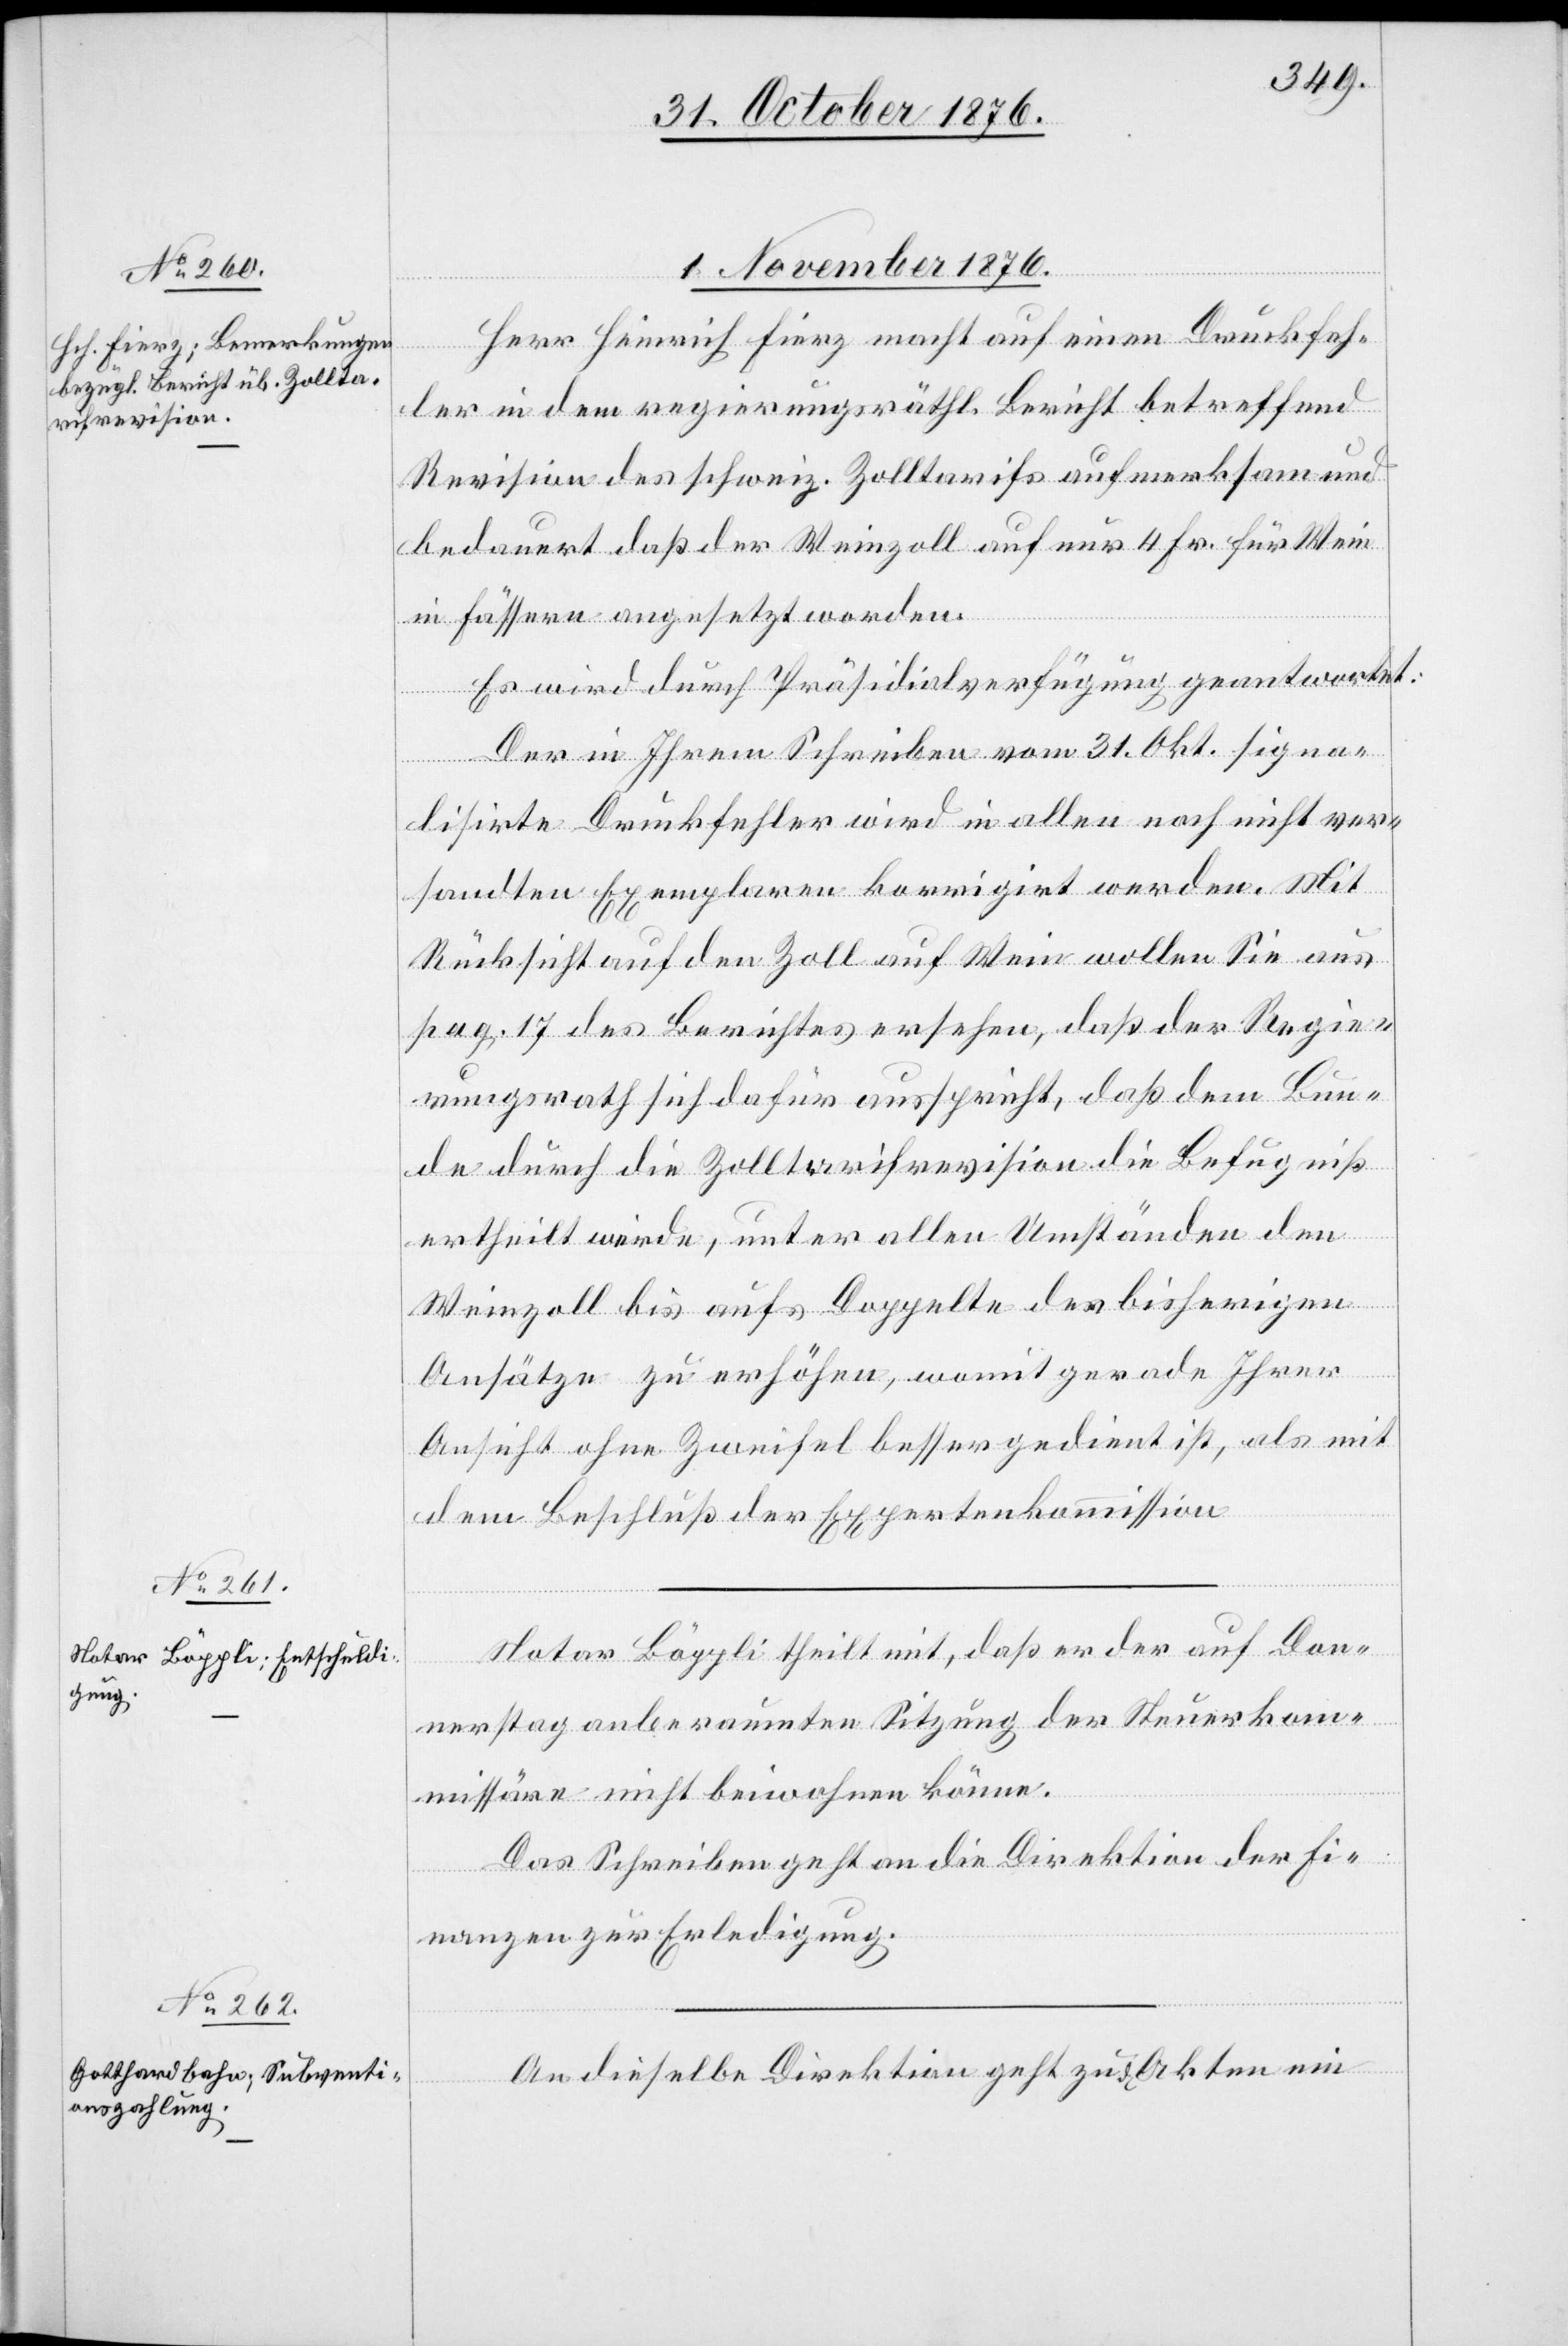
1. November 1876.]
Herr Heinrich Fierz macht auf einen Druckfeh¬
ler in dem regierungsräthl. Bericht betreffend
Revision des schweiz. Zolltarifs aufmerksam und
bedauert daß der Weinzoll auf nur 4 Fr. für Wein
in Fässern angesetzt worden.
Es wird durch Präsidialverfügung geantwortet:
Der in Ihrem Schreiben vom 31. Okt. signa¬
lisirte Druckfehler wird in allen noch nicht ver¬
sandten Exemplaren korrigirt werden. Mit
Rücksicht auf den Zoll auf Wein wollen Sie aus
pag. 17 des Berichtes ersehen, daß der Regie¬
rungsrath sich dafür ausspricht, daß dem Bun¬
de durch die Zolltarifsrevision die Befugniß
ertheilt werde, unter allen Umständen den
Weinzoll bis auf Doppelte der bisherigen
Ansätze zu erhöhen, womit gerade Ihrer
Ansicht ohne Zweifel besser gedient ist, als mit
dem Beschluß der Expertenkommission.
Notar Böppli theilt mit, daß er der auf Don¬
nerstag anberaumten Sitzung der Steuerkom¬
missäre nicht beiwohnen könne.
Das Schreiben geht an die Direktion der Fi¬
nanzen zur Erledigung.
An dieselbe Direktion geht zu den Akten ein